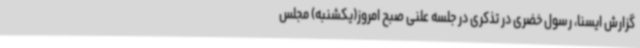
گزارش ایسنا، رسول خضری در تذکری در جلسه علنی صبح امروز(یکشنبه) مجلس